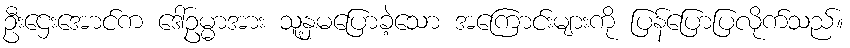
ဦးဌေးအောင်က ဒေါ်ဥမ္မာအား သူ့နှမပြောခဲ့သော အကြောင်းများကို ပြန်ပြောပြလိုက်သည်။